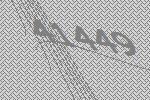
41449